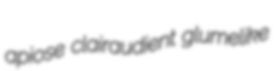
apiose clairaudient glumelike